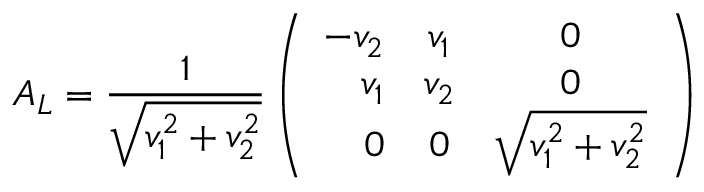
A _ { L } = \frac { 1 } { \sqrt { v _ { 1 } ^ { 2 } + v _ { 2 } ^ { 2 } } } \left( \begin{array} { r c c } { { - v _ { 2 } } } & { { v _ { 1 } } } & { { 0 } } \\ { { v _ { 1 } } } & { { v _ { 2 } } } & { { 0 } } \\ { { 0 } } & { { 0 } } & { { \sqrt { v _ { 1 } ^ { 2 } + v _ { 2 } ^ { 2 } } } } \end{array} \right)